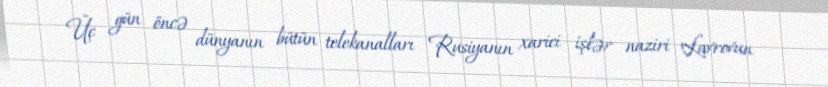
Üç gün öncə dünyanın bütün telekanalları Rusiyanın xarici işlər naziri Lavrovun